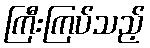
ကြီးကြပ်သည့်